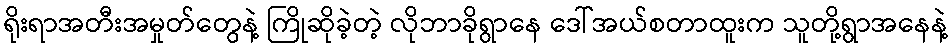
ရိုးရာအတီးအမှုတ်တွေနဲ့ ကြိုဆိုခဲ့တဲ့ လိုဘာခိုရွာနေ ဒေါ်အယ်စတာထူးက သူတို့ရွာအနေနဲ့